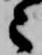
々